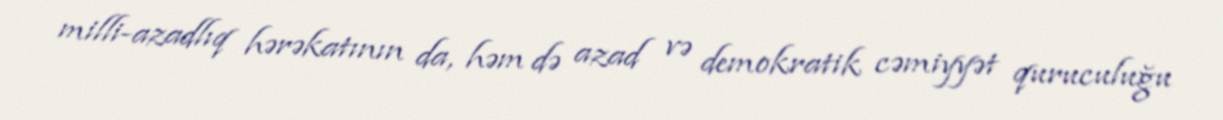
milli-azadlıq hərəkatının da, həm də azad və demokratik cəmiyyət quruculuğu